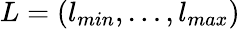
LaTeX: L=(l_{min},\dots,l_{max})